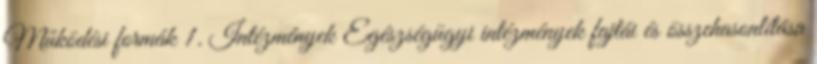
Működési formák 1. Intézmények Egészségügyi intézmények fajtái és összehasonlítása